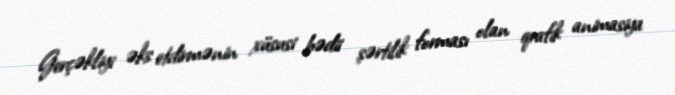
Gerçəkliyi əks etdirmənin xüsusi bədii şərtilik forması olan qrafik animasiya